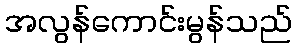
အလွန်ကောင်းမွန်သည်